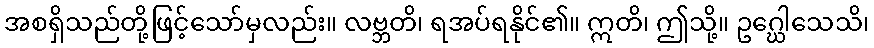
အစရှိသည်တို့ဖြင့်သော်မှလည်း။ လဗ္ဘတိ၊ ရအပ်ရနိုင်၏။ ဣတိ၊ ဤသို့။ ဥဂ္ဃေါသေသိ၊